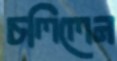
চলিলেন